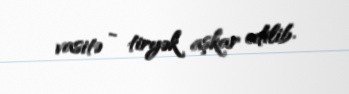
vasitə - tiryək aşkar edilib.